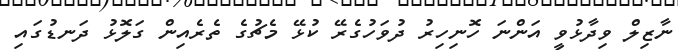
ނާޒިލް ވިދާޅުވީ އަންނަ ހޮނިހިރު ދުވަހުގެރޭ ކުޅޭ މެޗުގެ ތެރެއިން ގަލޮޅު ދަނޑުގައި